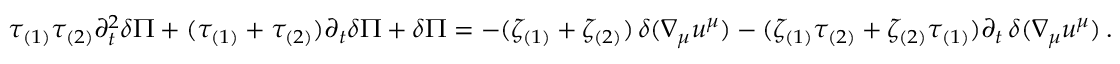
\tau _ { ( 1 ) } \tau _ { ( 2 ) } \partial _ { t } ^ { 2 } \delta \Pi + ( \tau _ { ( 1 ) } + \tau _ { ( 2 ) } ) \partial _ { t } \delta \Pi + \delta \Pi = - ( \zeta _ { ( 1 ) } + \zeta _ { ( 2 ) } ) \, \delta ( \nabla _ { \mu } u ^ { \mu } ) - ( \zeta _ { ( 1 ) } \tau _ { ( 2 ) } + \zeta _ { ( 2 ) } \tau _ { ( 1 ) } ) \partial _ { t } \, \delta ( \nabla _ { \mu } u ^ { \mu } ) \, .